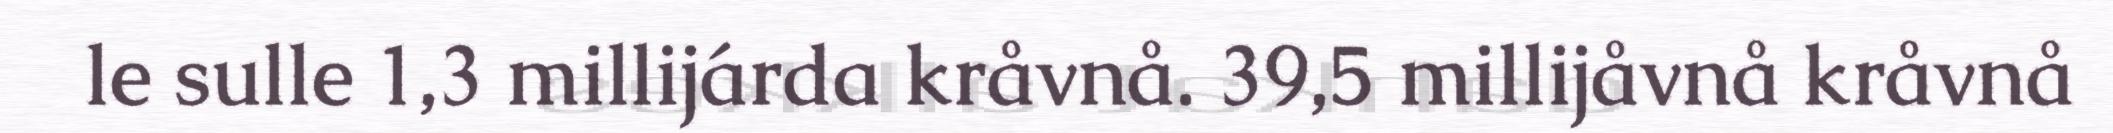
le sulle 1,3 millijárda kråvnå. 39,5 millijåvnå kråvnå